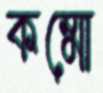
কম্মো